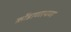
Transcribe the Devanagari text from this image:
कोंडाणापण